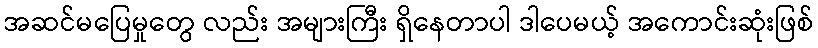
အဆင်မပြေမှုတွေ လည်း အများကြီး ရှိနေတာပါ ဒါပေမယ့် အကောင်းဆုံးဖြစ်